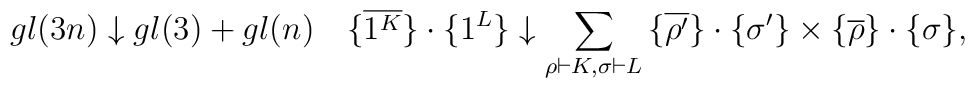
gl(3n) \downarrow gl(3)+gl(n) \quad {\{}\overline{ 1^{K}} {\}}\cdot {\{} 1^{L}{\}} \downarrow \sum_{\rho \vdash K, \sigma \vdash L} {\{} \overline{\rho'} {\}}\cdot {\{} \sigma' {\}} \times{\{} \overline{\rho} {\}}\cdot {\{} \sigma {\}},